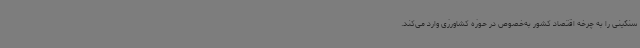
سنگینی را به چرخه اقتصاد کشور به‌خصوص در حوزه کشاورزی وارد می‌کند.